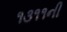
૧૩૧૧ની